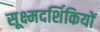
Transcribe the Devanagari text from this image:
सूक्ष्मदर्शिकियों